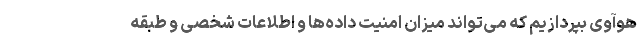
هوآوی بپردازیم که می‌تواند میزان امنیت داده‌ها و اطلاعات شخصی و طبقه